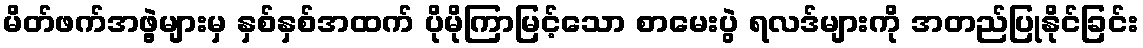
မိတ်ဖက်အဖွဲ့များမှ နှစ်နှစ်အထက် ပိုမိုကြာမြင့်သော စာမေးပွဲ ရလဒ်များကို အတည်ပြုနိုင်ခြင်း